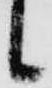
候